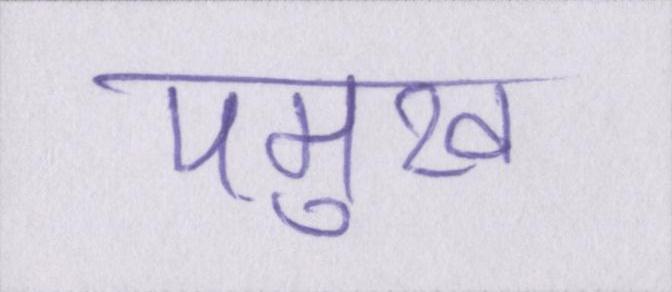
पमुख